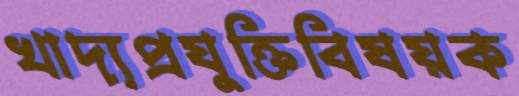
খাদ্যপ্রযুক্তিবিষয়ক